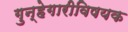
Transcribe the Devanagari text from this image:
गुन्हेगारीविषयक